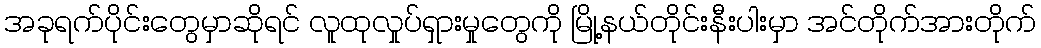
အခုရက်ပိုင်းတွေမှာဆိုရင် လူထုလှုပ်ရှားမှုတွေကို မြို့နယ်တိုင်းနီးပါးမှာ အင်တိုက်အားတိုက်